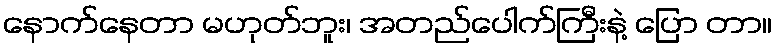
နောက်နေတာ မဟုတ်ဘူး၊ အတည်ပေါက်ကြီးနဲ့ ပြော တာ။